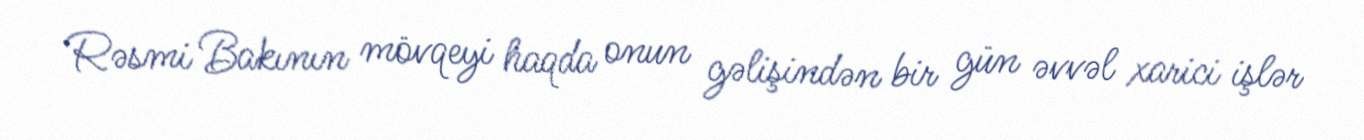
Rəsmi Bakının mövqeyi haqda onun gəlişindən bir gün əvvəl xarici işlər